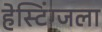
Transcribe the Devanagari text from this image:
हेस्टिंग्जला